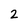
Character: 2